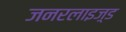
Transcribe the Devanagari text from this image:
जनरलाइज़्ड